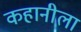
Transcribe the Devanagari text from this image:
कहानीला